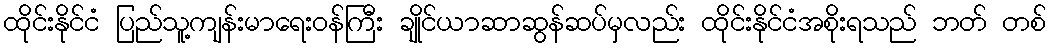
ထိုင်းနိုင်ငံ ပြည်သူ့ကျန်းမာရေးဝန်ကြီး ချိုင်ယာဆာဆွန်ဆပ်မှလည်း ထိုင်းနိုင်ငံအစိုးရသည် ဘတ် တစ်